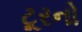
ટૂરનો